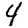
Digit: 4